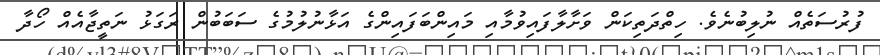
ފުރުސަތެއް ނުލިބުނެވެ. ހިތްދަތިކަން ވަށާލާފައިވުމާއި މައިންބަފައިންގެ އަޅާނުލުމުގެ ސަބަބުން ރަގަޅު ނަތީޖާއެއް ހޯދާ